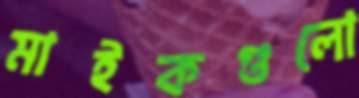
মাইকগুলো